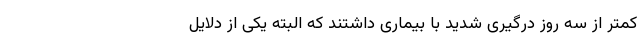
کمتر از سه روز درگیری شدید با بیماری داشتند که البته یکی از دلایل